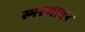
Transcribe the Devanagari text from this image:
स्मरणावर